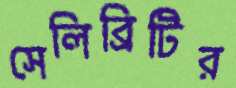
সেলিব্রিটির